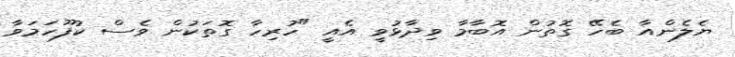
ޔެލެންއާ ބެހޭ ގޮތުން އޮބާމާ ވިދާޅުވީ އެއީ "ހުރިހާ ގޮތަކުން ވެސް ކުފޫހަމަވާ